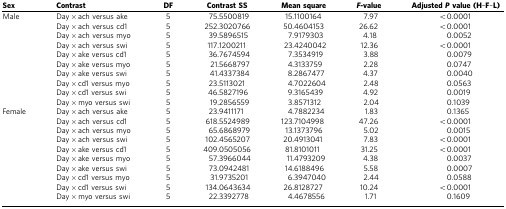
<table><thead><tr><td><b>Sex</b></td><td><b>Contrast</b></td><td><b>DF</b></td><td><b>Contrast SS</b></td><td><b>Mean square</b></td><td><b><i>F</i>-value</b></td><td><b>Adjusted<i>P</i>value (H–F–L)</b></td></tr></thead><tbody><tr><td>Male</td><td>Day × ach versus ake</td><td>5</td><td>75.5500819</td><td>15.1100164</td><td>7.97</td><td>&lt;0.0001</td></tr><tr><td> </td><td>Day × ach versus cd1</td><td>5</td><td>252.3020766</td><td>50.4604153</td><td>26.62</td><td>&lt;0.0001</td></tr><tr><td> </td><td>Day × ach versus myo</td><td>5</td><td>39.5896515</td><td>7.9179303</td><td>4.18</td><td>0.0052</td></tr><tr><td> </td><td>Day × ach versus swi</td><td>5</td><td>117.1200211</td><td>23.4240042</td><td>12.36</td><td>&lt;0.0001</td></tr><tr><td> </td><td>Day × ake versus cd1</td><td>5</td><td>36.7674594</td><td>7.3534919</td><td>3.88</td><td>0.0079</td></tr><tr><td> </td><td>Day × ake versus myo</td><td>5</td><td>21.5668797</td><td>4.3133759</td><td>2.28</td><td>0.0747</td></tr><tr><td> </td><td>Day × ake versus swi</td><td>5</td><td>41.4337384</td><td>8.2867477</td><td>4.37</td><td>0.0040</td></tr><tr><td> </td><td>Day × cd1 versus myo</td><td>5</td><td>23.5113021</td><td>4.7022604</td><td>2.48</td><td>0.0563</td></tr><tr><td> </td><td>Day × cd1 versus swi</td><td>5</td><td>46.5827196</td><td>9.3165439</td><td>4.92</td><td>0.0019</td></tr><tr><td> </td><td>Day × myo versus swi</td><td>5</td><td>19.2856559</td><td>3.8571312</td><td>2.04</td><td>0.1039</td></tr><tr><td>Female</td><td>Day × ach versus ake</td><td>5</td><td>23.9411171</td><td>4.7882234</td><td>1.83</td><td>0.1365</td></tr><tr><td> </td><td>Day × ach versus cd1</td><td>5</td><td>618.5524989</td><td>123.7104998</td><td>47.26</td><td>&lt;0.0001</td></tr><tr><td> </td><td>Day × ach versus myo</td><td>5</td><td>65.6868979</td><td>13.1373796</td><td>5.02</td><td>0.0015</td></tr><tr><td> </td><td>Day × ach versus swi</td><td>5</td><td>102.4565207</td><td>20.4913041</td><td>7.83</td><td>&lt;0.0001</td></tr><tr><td> </td><td>Day × ake versus cd1</td><td>5</td><td>409.0505056</td><td>81.8101011</td><td>31.25</td><td>&lt;0.0001</td></tr><tr><td> </td><td>Day × ake versus myo</td><td>5</td><td>57.3966044</td><td>11.4793209</td><td>4.38</td><td>0.0037</td></tr><tr><td> </td><td>Day × ake versus swi</td><td>5</td><td>73.0942481</td><td>14.6188496</td><td>5.58</td><td>0.0007</td></tr><tr><td> </td><td>Day × cd1 versus myo</td><td>5</td><td>31.9735201</td><td>6.3947040</td><td>2.44</td><td>0.0588</td></tr><tr><td> </td><td>Day × cd1 versus swi</td><td>5</td><td>134.0643634</td><td>26.8128727</td><td>10.24</td><td>&lt;0.0001</td></tr><tr><td> </td><td>Day × myo versus swi</td><td>5</td><td>22.3392778</td><td>4.4678556</td><td>1.71</td><td>0.1609</td></tr></tbody></table>